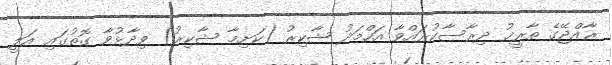
ރާއްޖޭގެ ތާރީޚު ދިރާސާކުރައްވާ އަހްމަދު ޝާކިރު (ކަށިމާ ޝާކިރު) ވިދާޅުވާ ގޮތުގައި އަލީ